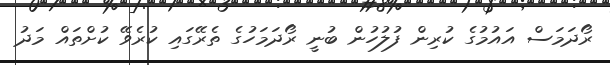
ރޯދަމަސް އައުމުގެ ކުރިން ފުލުހުން ބުނީ ރޯދަމަހުގެ ތެރޭގައި ކުރެވޭ ކުށްތައް މަދު